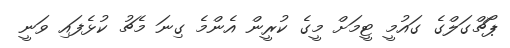
ޕޯޗްގަލްގެ ގައުމީ ޓީމަށް މީގެ ކުރީން އެންމެ ގިނަ މެޗު ކުޅެފައި ވަނީ